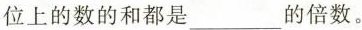
位上的数的和都是___的倍数。